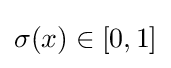
\sigma (x)\in [0,1]